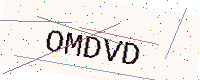
Text: OMDVD